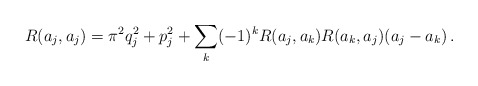
\begin{align*}R(a_j,a_j)=\pi^2 q_j^2 +p_j^2 + \sum_k (-1)^k R(a_j,a_k)R(a_k,a_j) (a_j-a_k)\, .\end{align*}